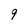
Character: 9